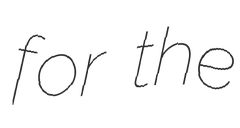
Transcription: for the